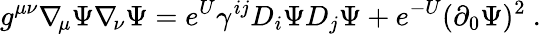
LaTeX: g^{\mu\nu}\nabla_{\! \mu}\Psi\nabla_{\! \nu}\Psi=e^{U}\gamma^{ij}D_{i}\Psi D_{j}\Psi+e^{-U}(\partial_{0}\Psi)^{2}\ .